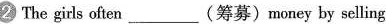
2 The girls often___(筹募)money by selling